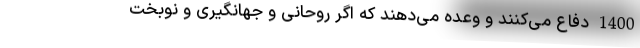
1400 دفاع می‌کنند و وعده می‌دهند که اگر روحانی و جهانگیری و نوبخت